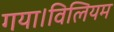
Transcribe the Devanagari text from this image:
गया।विलियम